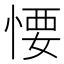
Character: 𢞅